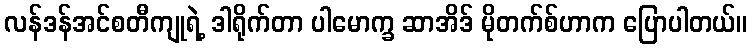
လန်ဒန်အင်စတီကျုရဲ့ ဒါရိုက်တာ ပါမောက္ခ ဆာအိဒ် မိုတက်စ်ဟာက ပြောပါတယ်။